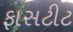
ફાસટીટ